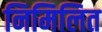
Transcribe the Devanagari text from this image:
निमिलित